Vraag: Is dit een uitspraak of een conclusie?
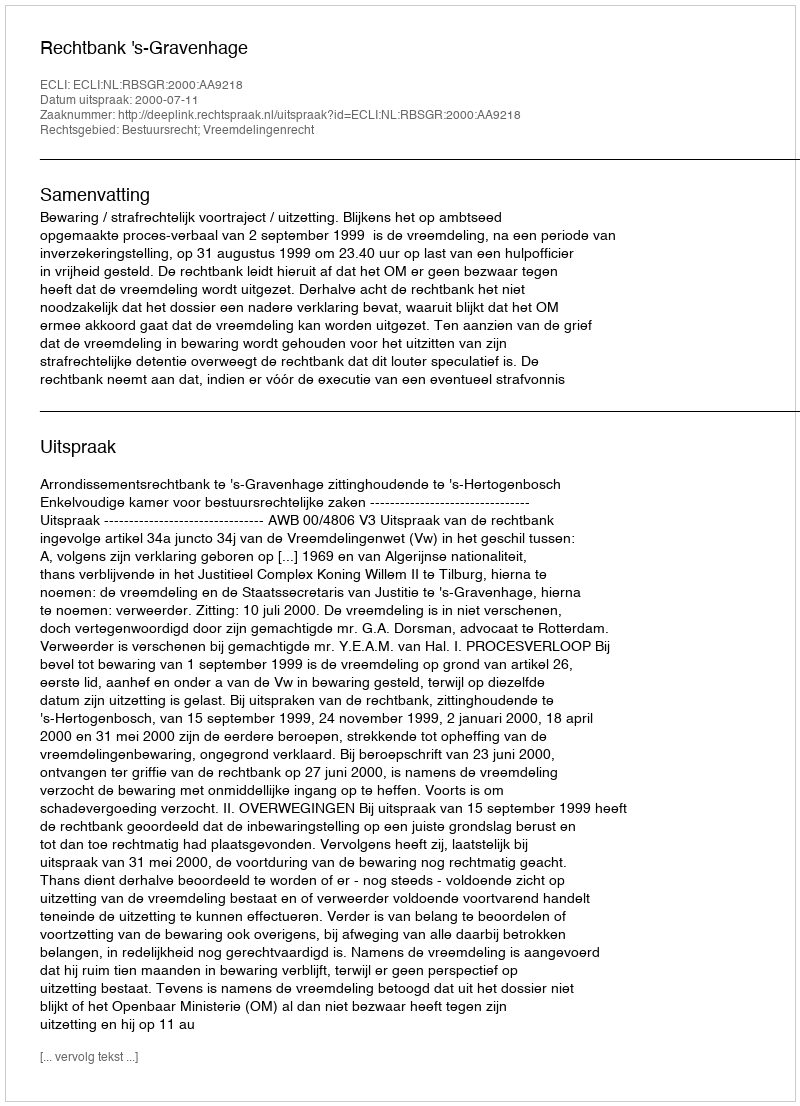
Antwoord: Uitspraak